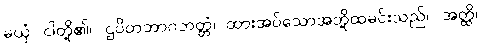
မယှံ၊ ငါတို့၏။ ဌပိတဘာဂဘတ္တံ၊ ထားအပ်သောအဘို့ထမင်းသည်။ အတ္ထိ၊